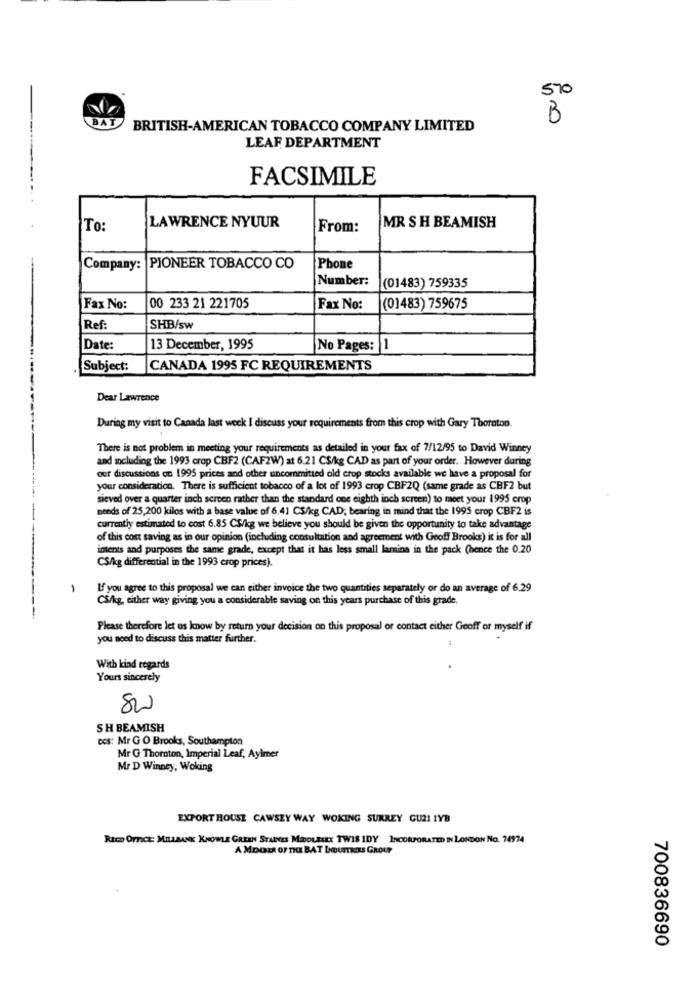
570
BAT
B
BRITISH-AMERICAN TOBACCO COMPANY LIMITED
LEAF DEPARTMENT
FACSIMILE
LAWRENCE NYUUR
To:
From:
MR SH BEAMISH
Company: PIONEER TOBACCO CO
Phone
Number:
(01483) 759335
Fax No:
00 233 21 221705
Fax No:
(01483) 759675
Ref:
SHB/sw
Date:
13 December, 1995
No Pages: 1
Subject:
CANADA 1995 FC REQUIREMENTS
Dear Lawrence
During my visit to Canada last week I discuss your requirements from this crop with Gary Thornton.
There is not problem in meeting your requirements as detailed in your fax of 7/12/95 to David Winney
and including the 1993 crop CBF2 (CAF2W) at 6.21 CS/kg CAD as part of your order. However during
our discussions on 1995 prices and other uncommitted old crop stocks available we have a proposal for
your consideration. There is sufficient tobacco of a lot of 1993 crop CBF2Q (same grade as CBF2 but
sieved over a quarter inch screen rather than the standard one eighth inch screen) to meet your 1995 crop
needs of 25,200 kilos with a base value of 6.41 CS/kg CAD, bearing in mind that the 1995 crop CBF2 is
currently estimated to cost 6.85 C$/kg we believe you should be given the opportunity to take advantage
of this cost saving as in our opinion (including consultation and agreement with Geoff Brooks) it is for all
intents and purposes the same grade, except that it has less small lamina in the pack (hence the 0.20
CS/kg differential in the 1993 crop prices).
-
If you agree to this proposal we can either invoice the two quantities separately or do an average of 6.29
CS/kg, either way giving you a considerable saving on this years purchase of this grade.
Please therefore let us know by return your decision on this proposal or contact either Geoff or myself if
you need to discuss this matter further.
With kind regards
Yours sincerely
00
SH BEAMISH
ccs: Mr G O Brooks, Southampton
Mr G Thornton, Imperial Leaf, Aylmer
Mr D Winney, Woking
EXPORT HOUSE CAWSZY WAY WOKING SURREY GUZI IYB
Rico Orrcz: MILLBANK KNOWLE GREEN STAINES MIDDLESEX TWIS IDY INCORPORATED IN LONDON No. 74974
AMDOER OF THE BAT LOUTRES GROUP
700836690